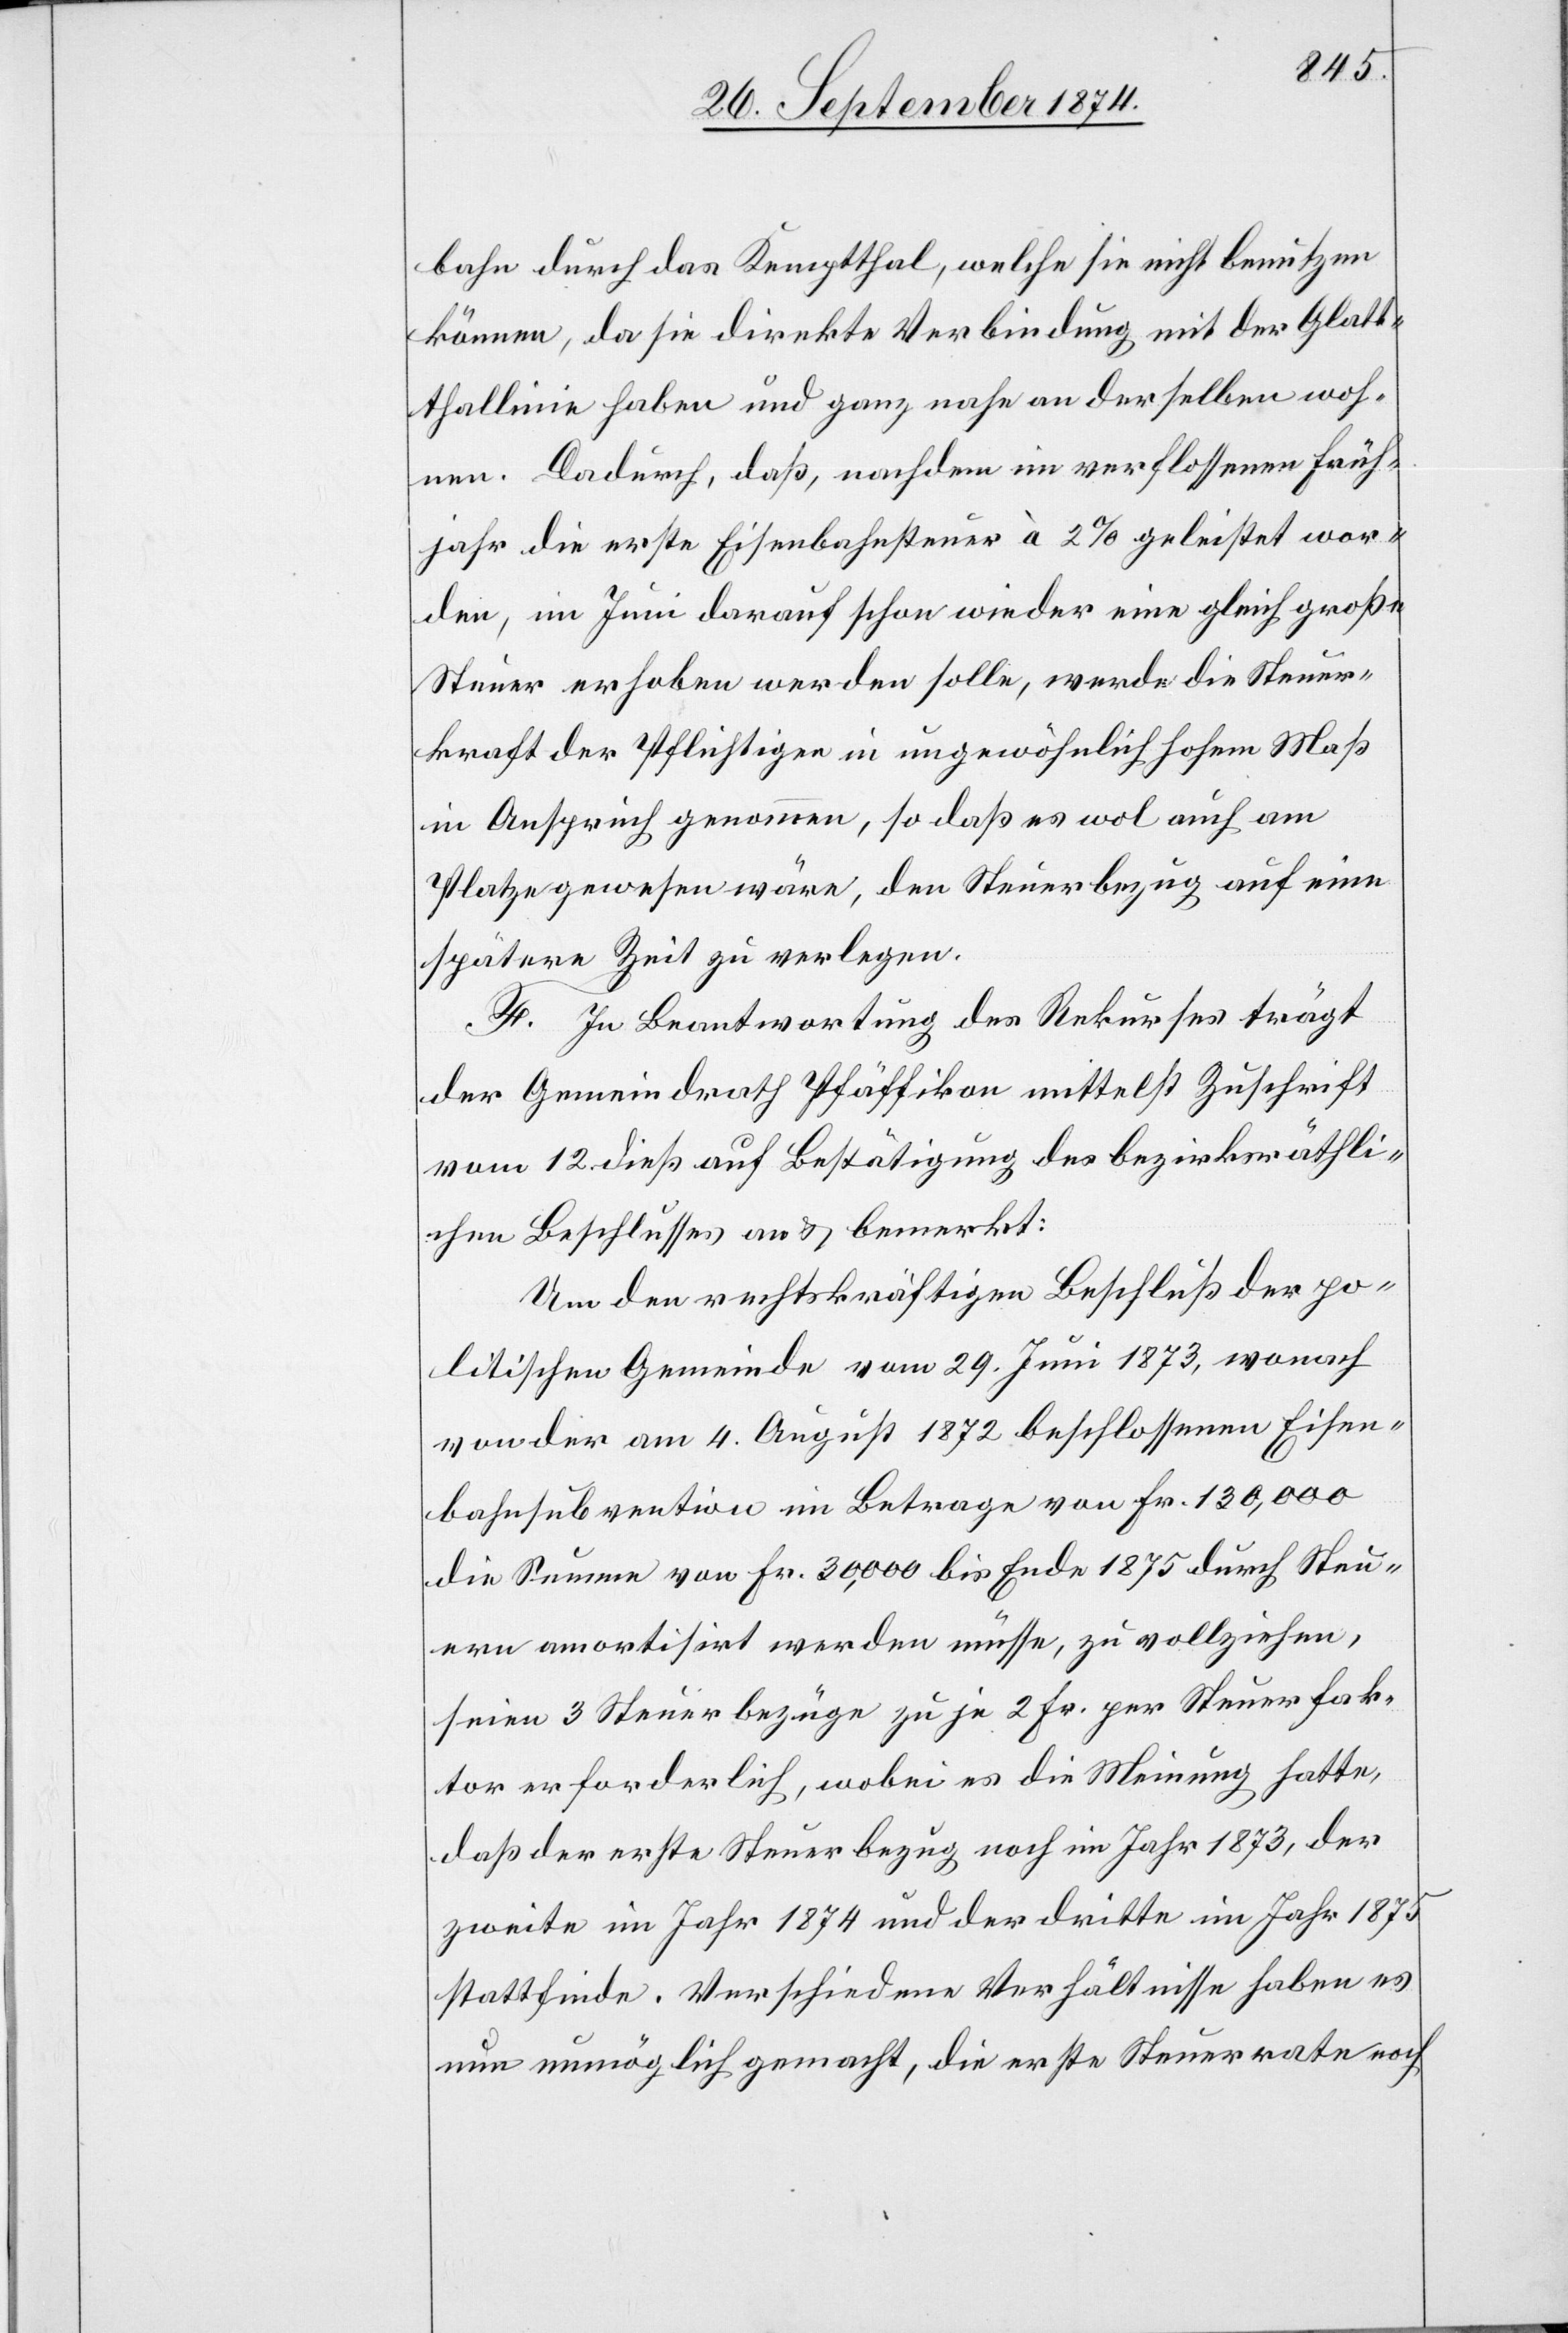
bahn durch das Kemptthal, welche sie nicht benutzen
können, da sie direkte Verbindung mit der Glatt¬
thallinie haben und ganz nahe an derselben woh¬
nen. Dadurch, daß, nachdem im verflossenen Früh¬
jahr die erste Eisenbahnsteuer à 2% geleistet wor¬
den, im Juni darauf schon wieder eine gleich große
Steuer erhoben werden solle, werde die Steuer¬
kraft der Pflichtigen in ungewöhnlich hohem Maß
in Anspruch genommen, so daß es wol auch am
Platze gewesen wäre, den Steuerbezug auf eine
spätere Zeit zu verlegen.
F. In Beantwortung des Rekurses trägt
der Gemeindrath Pfäffikon mittelst Zuschrift
vom 12. dieß auf Bestätigung des bezirksräthli¬
chen Beschlusses an & bemerkt:
Um den rechtskräftigen Beschluß der po¬
litischen Gemeinde vom 29. Juni 1873, wonach
von der am 4. August 1872 beschlossenen Eisen¬
bahnsubvention im Betrage von Fr. 130,000
die Summe von Fr. 30,000 bis Ende 1875 durch Steu¬
ern amortisirt werden müsse, zu vollziehen,
seien 3 Steuerbezüge zu je 2 Fr. per Steuerfak¬
tor erforderlich, wobei es die Meinung hatte,
daß der erste Steuerbezug noch im Jahr 1873, der
zweite im Jahr 1874 und der dritte im Jahr 1875
stattfinde. Verschiedene Verhältnisse haben es
nun unmöglich gemacht, die erste Steuerrate noch